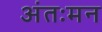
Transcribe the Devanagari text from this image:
अंतःमन